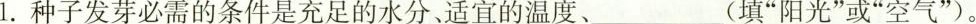
1.种子发芽必需的条件是充足的水分、适宜的温度、___(填”阳光”或”空气”)。